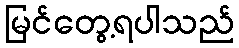
မြင်တွေ့ရပါသည်